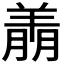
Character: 𬙶